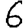
Digit: 6